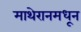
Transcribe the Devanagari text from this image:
माथेरानमधून